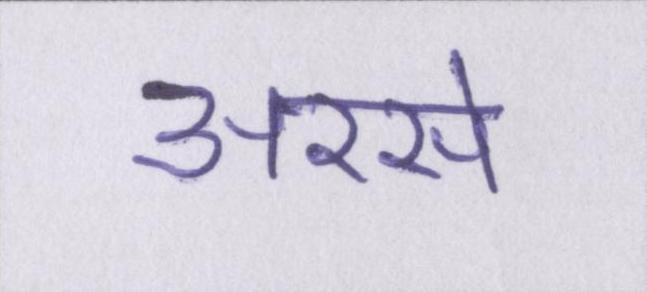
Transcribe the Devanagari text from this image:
अरसे